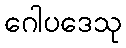
ဂေါပဒေသု